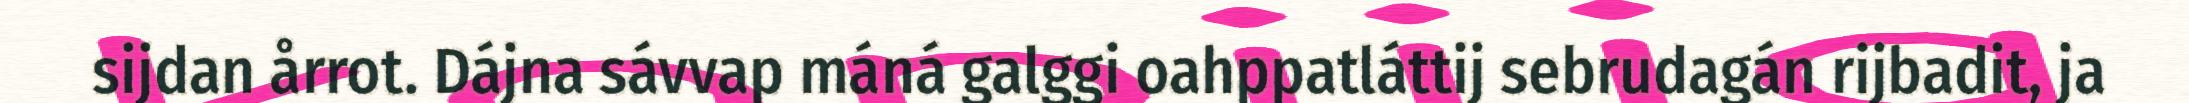
sijdan årrot. Dájna sávvap máná galggi oahppatláttij sebrudagán rijbadit, ja